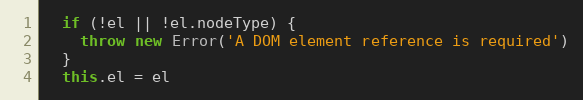
Language: JavaScript
  if (!el || !el.nodeType) {
    throw new Error('A DOM element reference is required')
  }
  this.el = el